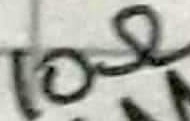
Text: 10Ω